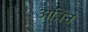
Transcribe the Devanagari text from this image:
अत्रिन्